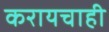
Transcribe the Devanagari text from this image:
करायचाही